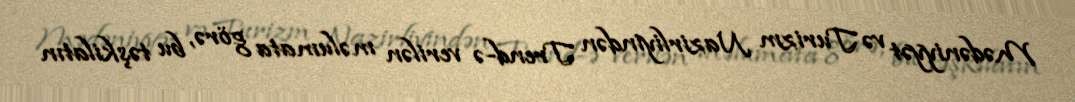
Mədəniyyət və Turizm Nazirliyindən Trend-ə verilən məlumata görə, bu təşkilatın